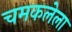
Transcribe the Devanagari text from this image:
चमकलेला